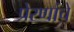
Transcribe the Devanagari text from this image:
प्रेरणांचे